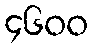
၄၆၀၀